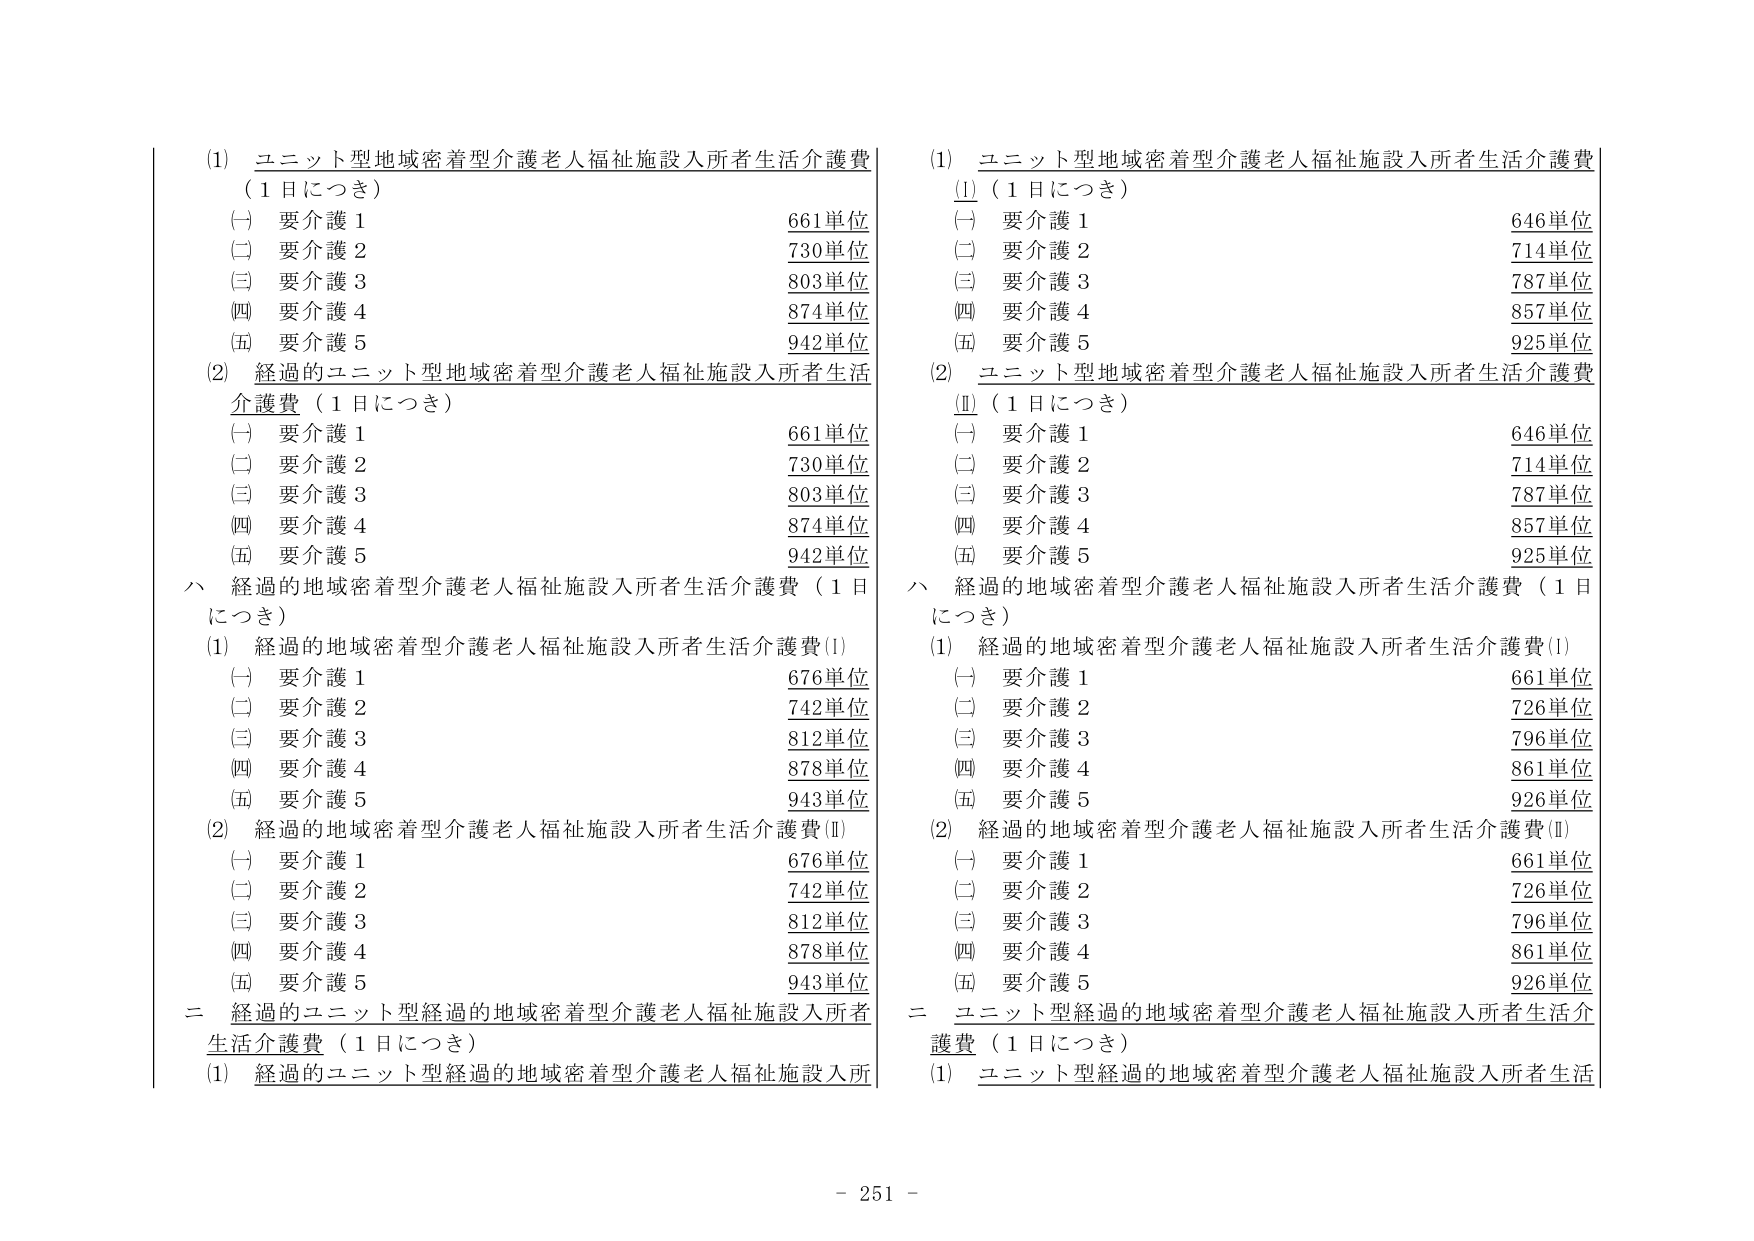
(1) ユニット型地域密着型介護老人福祉施設入所者生活介護費
（1日につき）
(一) 要介護1 661単位
(二) 要介護2 730単位
(三) 要介護3 803単位
(四) 要介護4 874単位
(五) 要介護5 942単位

(2) 経過的ユニット型地域密着型介護老人福祉施設入所者生活介護費（1日につき）
(一) 要介護1 661単位
(二) 要介護2 730単位
(三) 要介護3 803単位
(四) 要介護4 874単位
(五) 要介護5 942単位

ハ 経過的地域密着型介護老人福祉施設入所者生活介護費（1日につき）
(1) 経過的地域密着型介護老人福祉施設入所者生活介護費(I)
(一) 要介護1 676単位
(二) 要介護2 742単位
(三) 要介護3 812単位
(四) 要介護4 878単位
(五) 要介護5 943単位

(2) 経過的地域密着型介護老人福祉施設入所者生活介護費(Ⅱ)
(一) 要介護1 676単位
(二) 要介護2 742単位
(三) 要介護3 812単位
(四) 要介護4 878単位
(五) 要介護5 943単位

二 経過的ユニット型経過的地域密着型介護老人福祉施設入所者生活介護費（1日につき）
(1) 経過的ユニット型経過的地域密着型介護老人福祉施設入所

(1) ユニット型地域密着型介護老人福祉施設入所者生活介護費
(Ⅰ)（1日につき）
(一) 要介護1 646単位
(二) 要介護2 714単位
(三) 要介護3 787単位
(四) 要介護4 857単位
(五) 要介護5 925単位

(2) ユニット型地域密着型介護老人福祉施設入所者生活介護費
(Ⅱ)（1日につき）
(一) 要介護1 646単位
(二) 要介護2 714単位
(三) 要介護3 787単位
(四) 要介護4 857単位
(五) 要介護5 925単位

ハ 経過的地域密着型介護老人福祉施設入所者生活介護費（1日につき）
(1) 経過的地域密着型介護老人福祉施設入所者生活介護費(I)
(一) 要介護1 661単位
(二) 要介護2 726単位
(三) 要介護3 796単位
(四) 要介護4 861単位
(五) 要介護5 926単位

(2) 経過的地域密着型介護老人福祉施設入所者生活介護費(Ⅱ)
(一) 要介護1 661単位
(二) 要介護2 726単位
(三) 要介護3 796単位
(四) 要介護4 861単位
(五) 要介護5 926単位

二 ユニット型経過的地域密着型介護老人福祉施設入所者生活介護費（1日につき）
(1) ユニット型経過的地域密着型介護老人福祉施設入所者生活

- 251 -